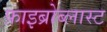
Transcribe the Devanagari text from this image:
फ़ाइब्रोब्लास्ट